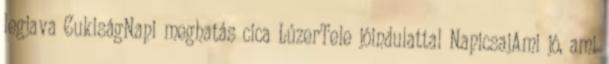
legjava CukiságNapi meghatás cica LúzerTele jóindulattal NapicsajAmi jó, ami